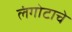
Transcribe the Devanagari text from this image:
लंगोटाचे